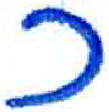
אות: כ